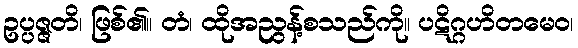
ဥပ္ပဇ္ဇတိ၊ ဖြစ်၏။ တံ၊ ထိုအညွန့်စသည်ကို။ ပဋိဂ္ဂဟိတမေဝ၊